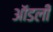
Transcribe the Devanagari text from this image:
ऑडली